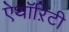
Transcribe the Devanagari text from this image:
ऐथॉऱिटी